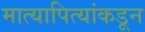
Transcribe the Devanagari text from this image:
मात्यापित्यांकडून